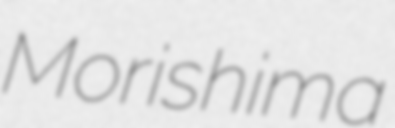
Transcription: Morishima